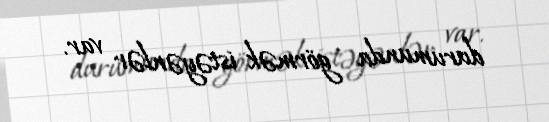
durumunda görmək istəyənlər var.